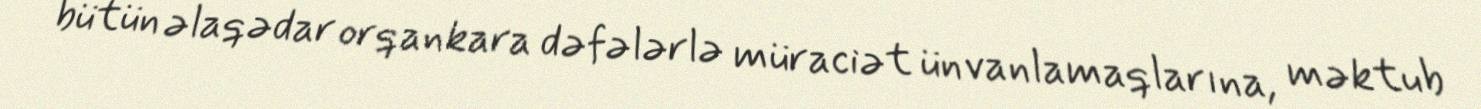
bütün əlaqədar orqankara dəfələrlə müraciət ünvanlamaqlarına, məktub